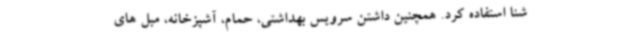
شنا استفاده کرد. همچنین داشتن سرویس بهداشتی، حمام، آشپزخانه، مبل های